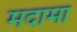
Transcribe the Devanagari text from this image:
मदामा